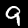
Digit: 9